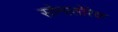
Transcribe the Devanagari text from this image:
सोनातोरेक